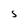
Character: S